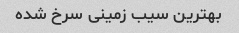
بهترین‌ سیب زمینی سرخ شده